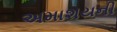
અમાશયની